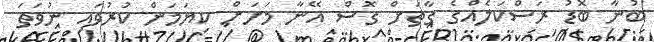
ބުނާ ބޮޑު ރަސްކަލެއްގެ ގާތަށް ގޮސް އޭނާ މަށަށް ކިޔަމަން ކުރުވައި ނުވަތަ